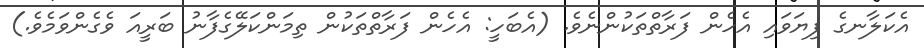
އެކަލާނގެ ފިޔަވައި އެހެން ފަރާތްތަކުންނެވެ. (އެބަހީ: އެހެން ފަރާތްތަކުން ތިމަންކަލޭގެފާނު ބަރީއަ ވެގެންވަމެވެ.)